Insane asylums in Bengal annual reports 1867-1875 - 1867-1875
Year: 1867
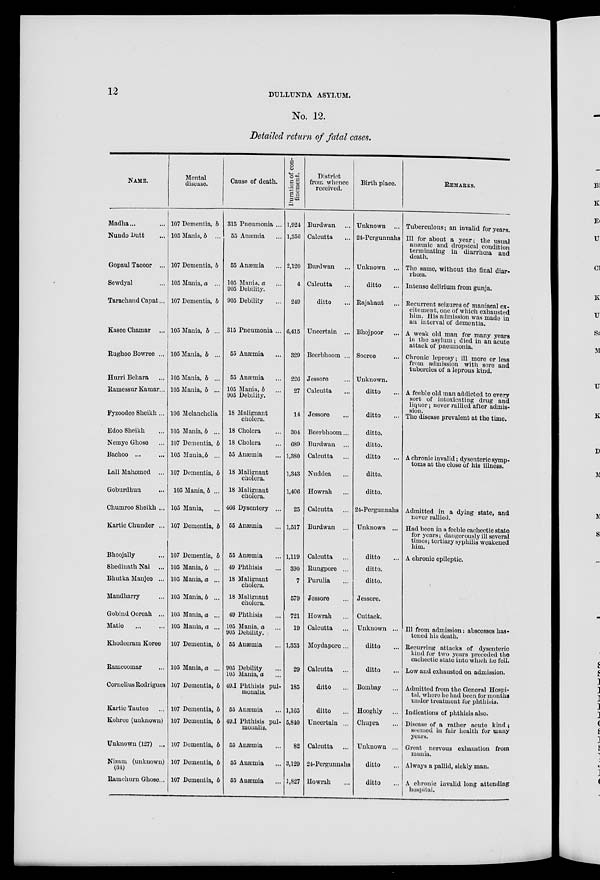
12
DULLUNDA ASYLUM.
No. 12.
Detailed return of fatal cases.
NAME.
Madha ... ...
Nundo Dutt ...
Gopaul Tacoor ...
Sewdyal ...
Tarachand Capat ...
Kasee Chamar ...
Rughoo Bowree ...
Hurri Behara ...
Ramessur Kamar ...
Fyzoodee Sheikh ...
Edoo Sheikh ...
Nemye Ghose ...
Bachoo ... ...
Lall Mahomed ...
Goburdhun ...
Chumroo Sheikh ...
Kartic Chunder ...
Bhoojally ...
Shedinath Nai ...
Bhutka Manjee ...
Mandharry ...
Gobind Ooreah ...
Matie ... ...
Khodeeram Koree
Ramcoomar ...
Cornelius Rodrigues
Kartic Tautee ...
Kohree (unknown)
Unknown (127) ...
Nizam (unknown)
(34)
Ramchurn Ghose ...
Mental
disease.
107 Dementia, b
105 Mania, b ...
107 Dementia, b
105 Mania, a ...
107 Dementia, b
105 Mania, b ...
105 Mania, b ...
105 Mania, b ...
105 Mania, b ...
106 Melancholia
105 Mania, b ...
107 Dementia, b
105 Mania, b ...
107 Dementia, b
105 Mania, b ...
105 Mania, ...
107 Dementia, b
107 Dementia, b
105 Mania, b ...
105 Mania, a ...
105 Mania, b ...
105 Mania, a ...
105 Mania, a ...
107 Dementia, b
105 Mania, a ...
107 Dementia, b
107 Dementia, b
107 Dementia, b
107 Dementia, b
107 Dementia, b
107 Dementia, b
Cause of death.
315 Pneumonia ...
55 Anæmia ...
55 Anæmia ...
105 Mania, a ...
905 Debility.
905 Debility ...
315 Pneumonia ...
55 Anæmia ...
55 Anæmia ...
105 Mania, b ...
905 Debility.
18 Malignant
cholera.
18 Cholera ...
18 Cholera ...
55 Anæmia ...
18 Malignant
cholera.
18 Malignant
cholera.
466 Dysentery ...
55 Anæmia ...
55 Anæmia ...
49 Phthisis ...
18 Malignant
cholera.
18 Malignant
cholera.
49 Phthisis ...
105 Mania, a ...
905 Debility.
55 Anæmia ...
905 Debility ...
105 Mania, a ...
49.I Phthisis pul-
monalis.
55 Anæmia ...
49.I Phthisis pul-
monalis.
55 Anæmia ...
55 Anæmia ...
55 Anæmia ...
Duration of con-
finement.
1,924
1,356
2,120
4
249
6,415
329
226
27
14
304
689
1,380
1,343
1,406
25
1,517
1,119
390
7
579
721
19
1,353
29
185
1,165
5,840
82
3,129
1,827
District
from whence
received.
Burdwan ...
Calcutta ...
Burdwan ...
Calcutta ...
ditto ...
Uncertain ...
Beerbhoom ...
Jessore ...
Calcutta ...
Jessore ...
Beerbhoom ...
Burdwan ...
Calcutta ...
Nuddea ...
Howrah ...
Calcutta ...
Burdwan ...
Calcutta ...
Rungpore ...
Purulia ...
Jessore ...
Howrah ...
Calcutta ...
Moydapore ...
Calcutta ...
ditto ...
ditto ...
Uncertain ...
Calcutta ...
24-Pergunnahs
Howrah ...
Birth place.
Unknown ...
24-Pergunnahs
Unknown ...
ditto ...
Rajahaut ...
Bhojpoor ...
Sooree ...
Unknown.
ditto ...
ditto ...
ditto.
ditto.
ditto ...
ditto.
ditto.
24-Pergunnahs
Unknown ...
ditto ...
ditto.
ditto.
Jessore.
Cuttack.
Unknown ...
ditto ...
ditto ...
Bombay ...
Hooghly ...
Chupra ...
Unknown ...
ditto ...
ditto ...
REMARKS.
Tuberculous; an invalid for years.
Ill for about a year; the usual
anæmic and dropsical condition
terminating in diarrhœa and
death.
The same, without the final diar-
rhœa.
Intense delirium from gunja.
Recurrent seizures of maniacal ex-
citement, one of which exhausted
him. His admission was made in
an interval of dementia.
A weak old man for many years
in the asylum ; died in an acute
attack of pneumonia.
Chronic leprosy; ill more or less
from admission with sore and
tubercles of a leprous kind.
A feeble old man addicted to every
sort of intoxicating drug and
liquor; never rallied after admis-
sion.
The disease prevalent at the time.
A chronic invalid; dysenteric symp-
toms at the close of his illness.
Admitted in a dying state, and
never rallied.
Had been in a feeble cachectic state
for years; dangerously ill several
times; tertiary syphilis weakened
him.
A chronic epileptic.
Ill from admission: abscesses has-
tened his death.
Recurring attacks of dysenteric
kind for two years preceded the
cachectic state into which he fell.
Low and exhausted on admission.
Admitted from the General Hospi-
tal, where he had been for months
under treatment for phthisis.
Indications of phthisis also.
Disease of a rather acute kind;
seemed in fair health for many
years.
Great nervous exhaustion from
mania.
Always a pallid, sickly man.
A chronic invalid long attending
hospital.